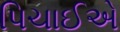
પિચાઈએ